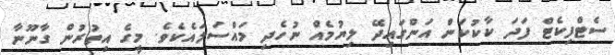
ސެޓްފިކެޓް ފަދަ ކާކުކަން އަންގައިދޭ ލިޔުމެއް ނުހެދި މައްސަލައެކެވެ. މީގެ އިތުރުން ގާނޫނާ